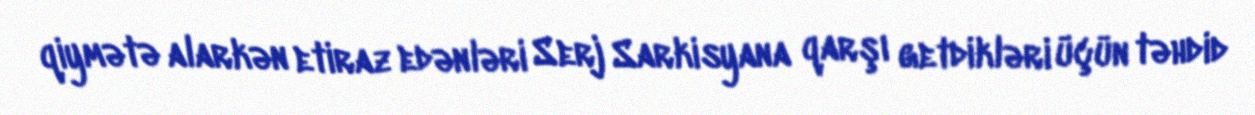
qiymətə alarkən etiraz edənləri Serj Sarkisyana qarşı getdikləri üçün təhdid